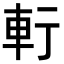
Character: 𨊫